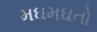
મઘમઘતો